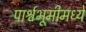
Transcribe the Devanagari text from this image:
पार्श्वभूमीमध्ये